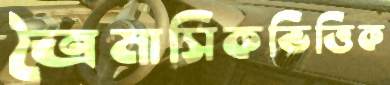
ত্রৈমাসিকভিত্তিক